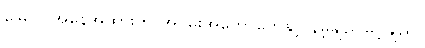
မြေပြင်အနေအထားက အဝှမ်းအကောတွေနှင့် နိမ့်ချည်မြင့်ချည်။